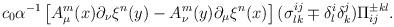
LaTeX: \begin{align*}c_0 \alpha ^{-1}\left[ A_\mu ^m(x) \partial _\nu \xi ^n(y) - A_\nu^m(y)\partial_\mu\xi^n(x)\right](\sigma _{lk}^{ij} \mp \delta _l^i \delta _k^j)\Pi _{ij}^{\pm kl}.\end{align*}